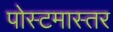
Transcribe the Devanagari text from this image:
पोस्टमास्तर